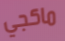
ماكجي